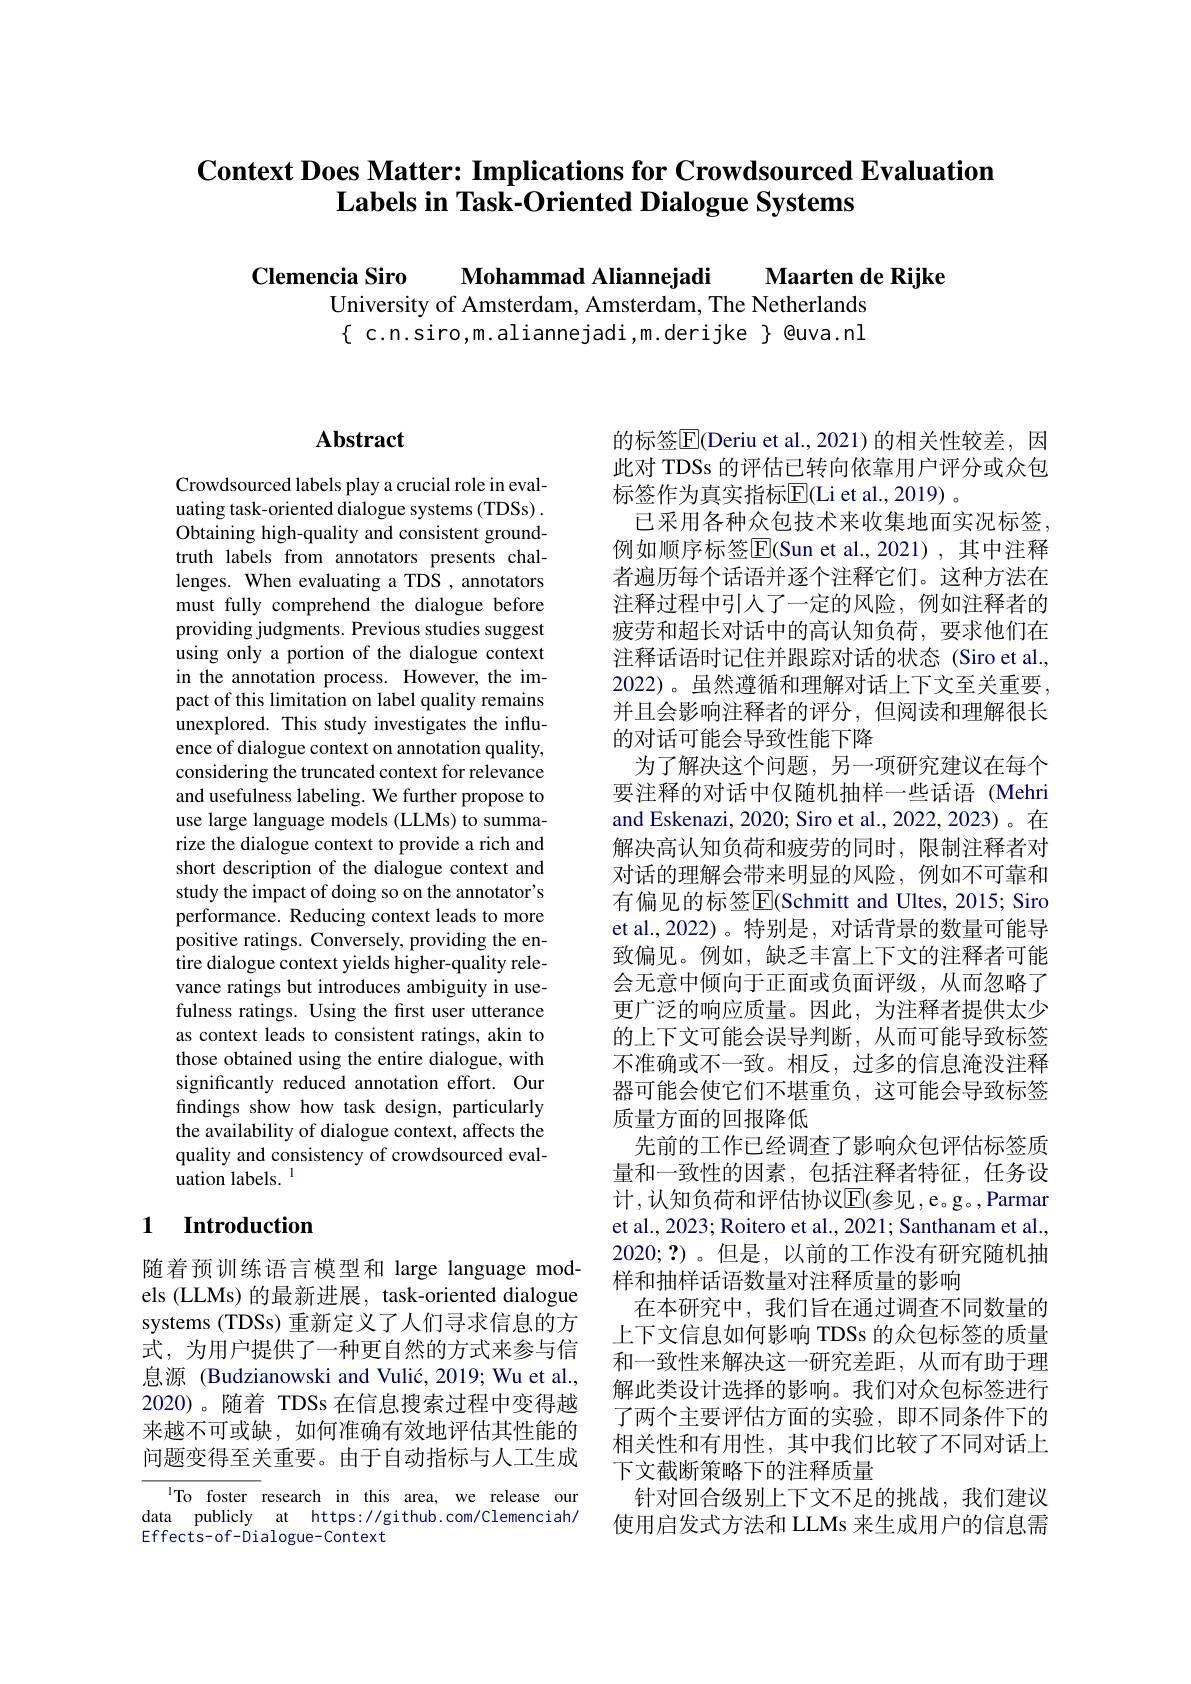
# $\textbf{Context Does Matter: Implications for Crowdsourced Evaluation}$ Labels in Task-Oriented Dialogue Systems

Clemencia Siro Mohammad Aliannejadi Maarten de Rijke
University of Amsterdam, Amsterdam, The Netherlands $\{$ c.n.siro,m.aliannejadi,m.derijke $\}$ @uva.nl

# Abstract

Crowdsourced labels play a crucial role in evaluating task-oriented dialogue systems (TDSs) . Obtaining high-quality and consistent groundtruth labels from annotators presents challenges. When evaluating a TDS , annotators must fully comprehend the dialogue before providing judgments. Previous studies suggest using only a portion of the dialogue context in the annotation process. However, the impact of this limitation on label quality remains unexplored. This study investigates the influence of dialogue context on annotation quality, considering the truncated context for relevance and usefulness labeling. We further propose to use large language models (LLMs) to summarize the dialogue context to provide a rich and short description of the dialogue context and study the impact of doing so on the annotator's performance. Reducing context leads to more positive ratings. Conversely, providing the entire dialogue context yields higher-quality relevance ratings but introduces ambiguity in usefulness ratings. Using the first user utterance as context leads to consistent ratings, akin to those obtained using the entire dialogue, with significantly reduced annotation effort. Our findings show how task design, particularly the availability of dialogue context, affects the quality and consistency of crowdsourced eval- ${\hat{\text{uation labels.}}}^{\mathrm{l}}$

### 1 Introduction

随着预训练语言模型和 large language models (LLMs) 的最新进展，task-oriented dialogue systems (TDSs) 重新定义了人们寻求信息的方式，为用户提供了一种更自然的方式来参与信息源 (Budzianowski and Vulić, 2019; Wu et al., 2020)。随着 TDSs 在信息搜索过程中变得越来越不可或缺，如何准确有效地评估其性能的问题变得至关重要。由于自动指标与人工生成

To foster research in this area, we release our data publicly at https://github.com/Clemenciah/ Effects-of-Dialogue-Context

的标签$\overline{\mathrm{E}}($Deriu et al.,2021)的相关性较差，因此对 TDSs 的评估已转向依靠用户评分或众包标签作为真实指标$\overline{\mathrm{E}}($Li et al.,2019) 。
已采用各种众包技术来收集地面实况标签， 例如顺序标签$\overline{\mathrm{E}}($Sun et al.,2021),其中注释者遍历每个话语并逐个注释它们。这种方法在注释过程中引人了一定的风险，例如注释者的疲劳和超长对话中的高认知负荷，要求他们在注释话语时记住并跟踪对话的状态(Siro et al., 2022)。虽然遵循和理解对话上下文至关重要， 并且会影响注释者的评分，但阅读和理解很长的对话可能会导致性能下降
为了解决这个问题，另一项研究建议在每个要注释的对话中仅随机抽样一些话语 (Mehri and Eskenazi, 2020; Siro et al., 2022, 2023)。在解决高认知负荷和疲劳的同时，限制注释者对对话的理解会带来明显的风险，例如不可靠和有偏见的标签$\overline{\mathrm{E}}($Schmitt and Ultes, 2015; Siro et al.,2022)。特别是，对话背景的数量可能导致偏见。例如，缺乏丰富上下文的注释者可能会无意中倾向于正面或负面评级，从而忽略了更广泛的响应质量。因此，为注释者提供太少的上下文可能会误导判断，从而可能导致标签不准确或不一致。相反，过多的信息淹没注释器可能会使它们不堪重负，这可能会导致标签质量方面的回报降低
先前的工作已经调查了影响众包评估标签质量和一致性的因素，包括注释者特征，任务设计，认知负荷和评估协议$\mathbb{E}$(参见，e。g。,Parmar et al., 2023; Roitero et al., 2021; Santhanam et al. 2020;?)。但是，以前的工作没有研究随机抽样和抽样话语数量对注释质量的影响
在本研究中，我们旨在通过调查不同数量的上下文信息如何影响 TDSs 的众包标签的质量和一致性来解决这一研究差距，从而有助于理解此类设计选择的影响。我们对众包标签进行了两个主要评估方面的实验，即不同条件下的相关性和有用性，其中我们比较了不同对话上下文截断策略下的注释质量
针对回合级别上下文不足的挑战，我们建议使用启发式方法和 LLMs 来生成用户的信息需